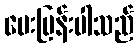
မေးမြန်းပါသည်